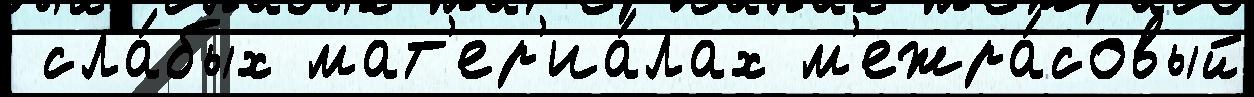
 сла́бых мат'ер'иа́лах м'ежра́совый